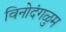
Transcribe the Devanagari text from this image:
विनोदंगळुम